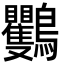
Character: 𪈴